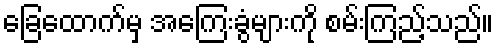
ခြေထောက်မှ အကြေးခွံများကို စမ်းကြည့်သည်။